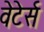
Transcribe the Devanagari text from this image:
वेटेर्स